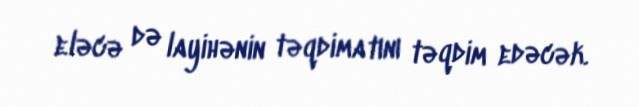
eləcə də layihənin təqdimatını təqdim edəcək.